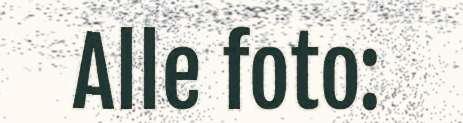
Alle foto: